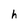
Character: h